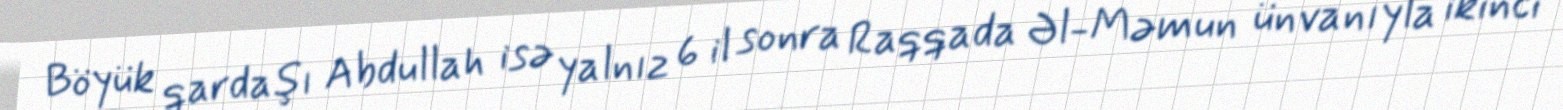
Böyük qardaşı Abdullah isə yalnız 6 il sonra Raqqada Əl-Məmun ünvanıyla ikinci